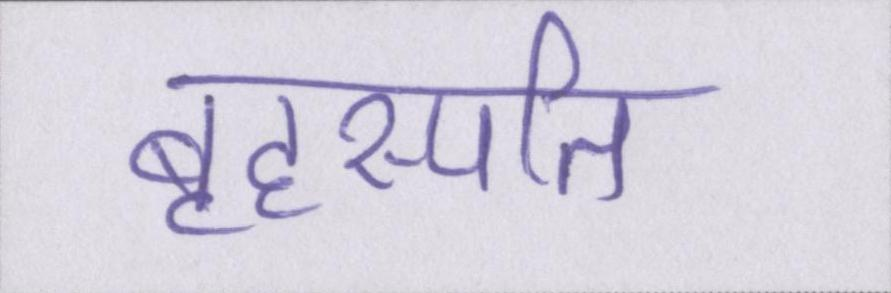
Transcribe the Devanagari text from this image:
बृहस्पति